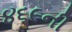
૪૬૯ની